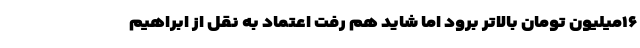
۱۶میلیون تومان بالاتر برود اما شاید هم رفت اعتماد به نقل از ابراهیم